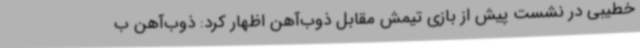
خطیبی در نشست پیش از بازی تیمش مقابل ذوب‌آهن اظهار کرد: ذوب‌آهن ب